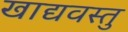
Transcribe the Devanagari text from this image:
खाद्यवस्तु